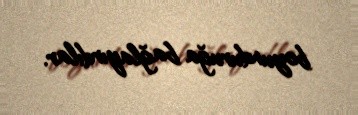
boyunduruğa bağlayırdılar.